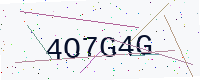
Text: 4O7G4G